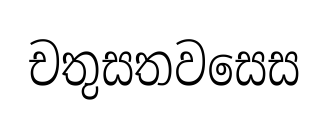
චතුසතවසෙස